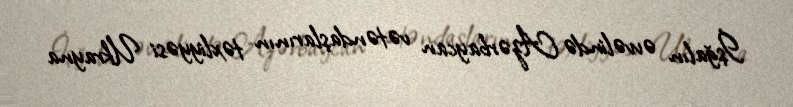
İşğalın əvvəlində Azərbaycan vətəndaşlarının təxliyyəsi Ukrayna